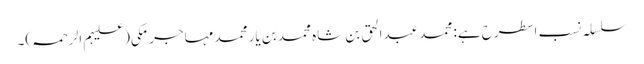
سلسلہ نسب اسطرح ہے: محمد عبدالحق بن شاہ محمد بن یار محمد مہاجر مکی(علیہم الرحمہ)۔